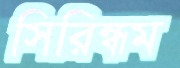
সিরিন্ধম